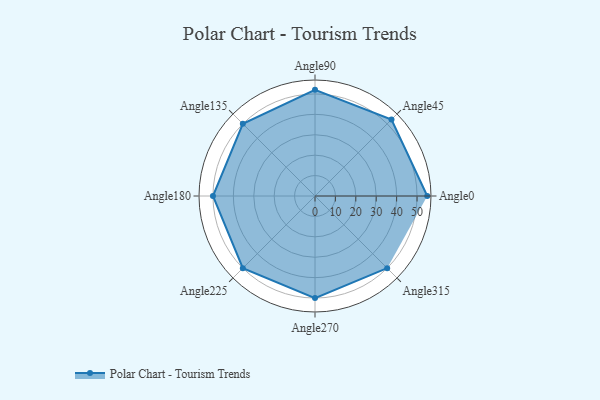
{"axis": {"x": "Angle", "y": "Radius"}, "legend": [""], "data": [{"x": "Angle0", "y": 55.0, "type": ""}, {"x": "Angle45", "y": 53.0, "type": ""}, {"x": "Angle90", "y": 52.0, "type": ""}, {"x": "Angle135", "y": 50, "type": ""}, {"x": "Angle180", "y": 50, "type": ""}, {"x": "Angle225", "y": 50, "type": ""}, {"x": "Angle270", "y": 50, "type": ""}, {"x": "Angle315", "y": 50, "type": ""}]}